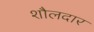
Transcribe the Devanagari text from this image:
शौलदार